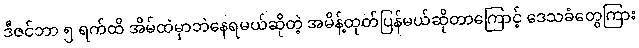
ဒီဇင်ဘာ ၅ ရက်ထိ အိမ်ထဲမှာဘဲနေရမယ်ဆိုတဲ့ အမိန့်ထုတ်ပြန်မယ်ဆိုတာကြောင့် ဒေသခံတွေကြား